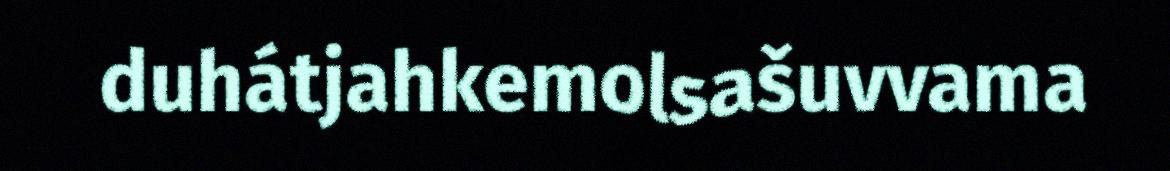
duhátjahkemolsašuvvama